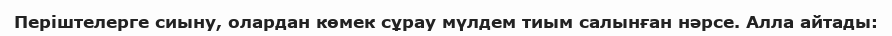
Періштелерге сиыну, олардан көмек сұрау мүлдем тиым салынған нәрсе. Алла айтады: